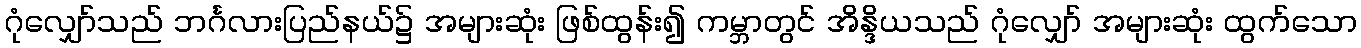
ဂုံလျှော်သည် ဘင်္ဂလားပြည်နယ်၌ အများဆုံး ဖြစ်ထွန်း၍ ကမ္ဘာတွင် အိန္ဒိယသည် ဂုံလျှော် အများဆုံး ထွက်သော